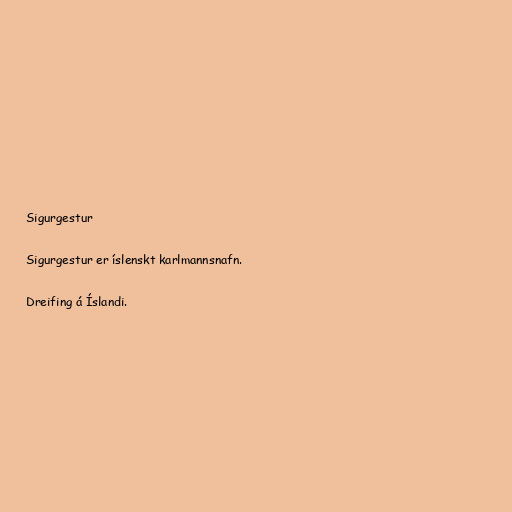
Sigurgestur

Sigurgestur er íslenskt karlmannsnafn.

Dreifing á Íslandi.